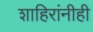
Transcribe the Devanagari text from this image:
शाहिरांनीही